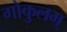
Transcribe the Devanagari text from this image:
गोकुलम्